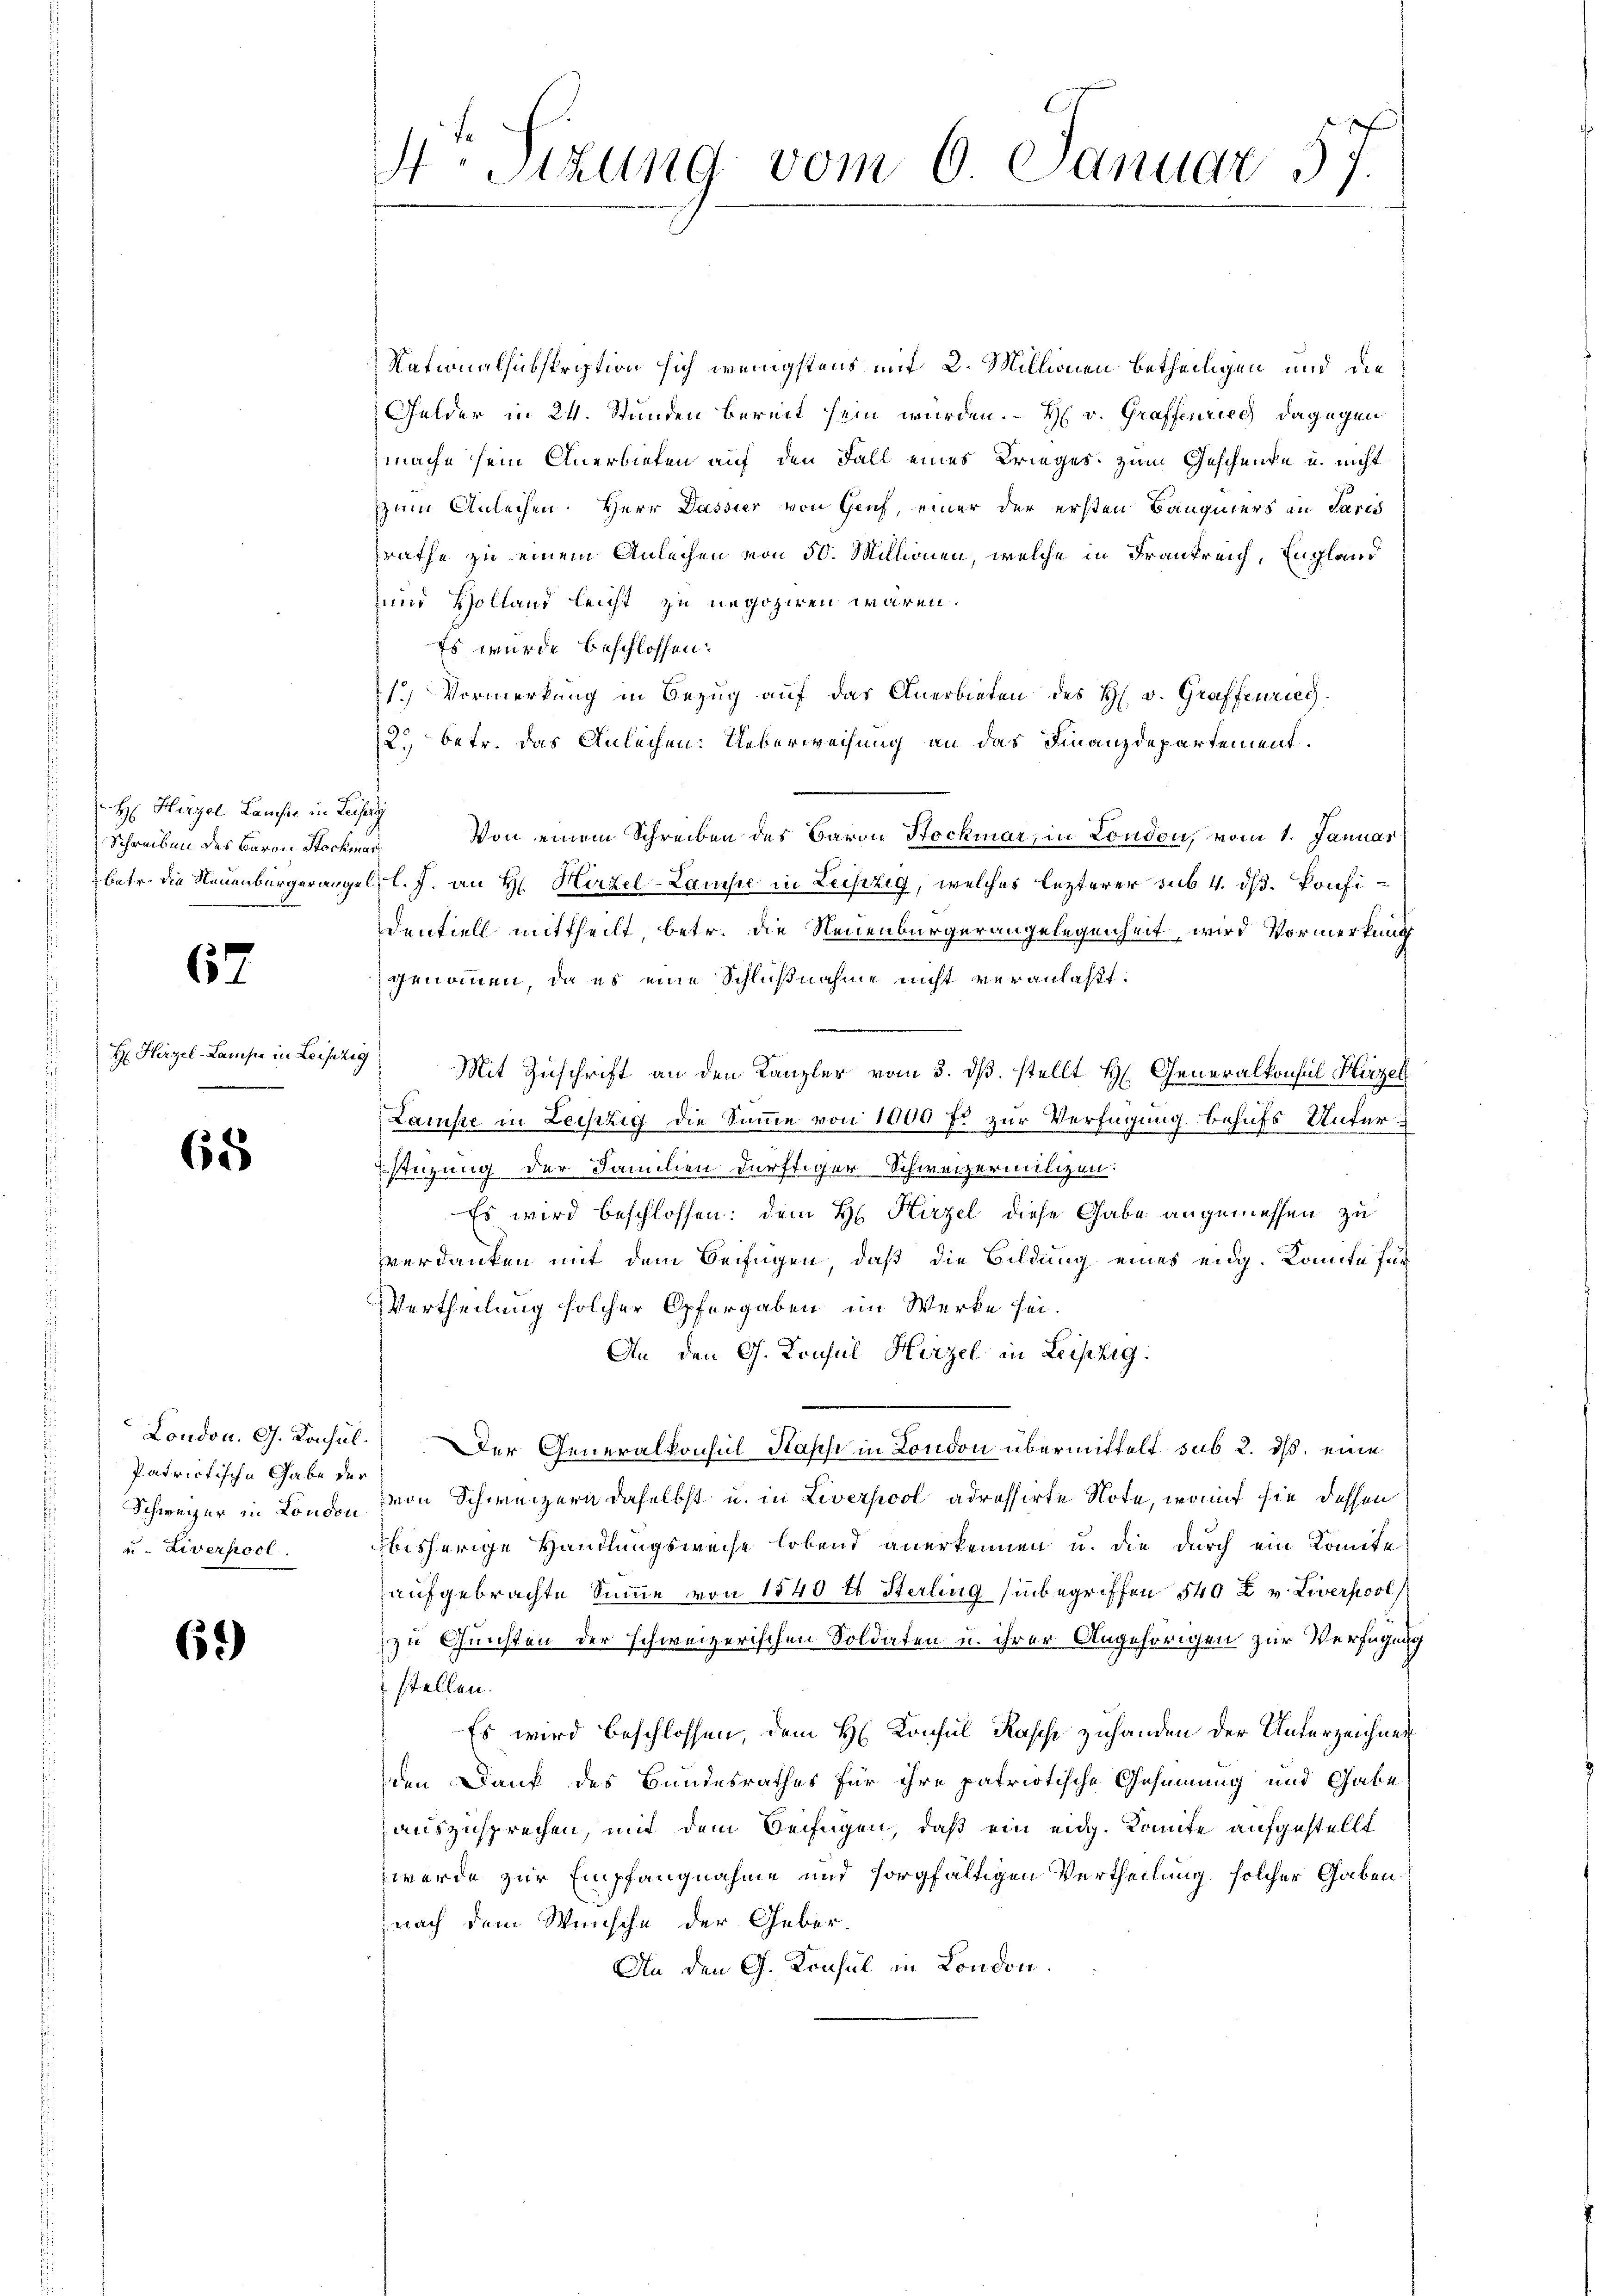
H: Hirzel Laufer in Leis

67

H Hirzel-Lampe in Leipzig

65

Patrictische Gabe der
u. Liverpool.

6.)

Nationalsubskription sich wenigstens mit 2. Millionen betheiligen und die
Gelder in 24. Stunden bereit sein würden. – H v. Graffenrieg dagegen
mache sein Anerbieten auf den Fall eines Brieges zum Geschenke u. nicht
zum Anleihen. Herr Dassier von Genf, einer der ersten Baugmers in Paris
zrathe zu einem Anleihen von 50. Millionen, welche in Frankreich, England
 und Hollans leicht zu negoziren wären.
Es wurde beschlossen:
1.) Vormerkung in Bezug auf das Anerbieten des H. v. Graffenrieg
2. betr. das Anleihen: Ueberweisung an das Finanzdepartement.
Schreiben des Baron Stocker. Von einem Schreiben des Baron Stockmar, in London, vom 1. Januar
betr. die Neuenburgerangel l. J. an H. Hirzel-Lamsie in Leipzig, welches lezterer sub 4. ds. Konfidentiell mittheilt, betr. die Neuenburgerangelegenheit, wird Vormerkung
genommen, da es eine Schlußnahme nicht veranlaßt:
Mit Zuschrift an den Kanzler vom 3. dβ stellt H. Generalkonsul Hirzel
Lamste in Lechzig die Summe von 1000 fl zur Verfügung behufs Unterstüzung der Familien dürftiger Schweizermilchen:
Es wird beschlossen: dem H. Hirzel diese Gabe angemessen zu
verdanken mit dem Beifügen, daß die Bildung eines eidg. Konnte für
Vertheilung solcher Opfergaben im Werke sei.
An den G. Consul Hirzel in Leipzig.
London. G. Konsul Der Generalkonsul Kasse in London übermittelt sub 2. ds. eine
Schweizer in London von Schweizern daselbst u. in Liverpool adressirte Note, womit sie dessen
bisherige Handlungsweise lobend anerkennen u. die durch ein Komite
aufgebrachte Summe von 1840 tt Sterling hinbegriffen 540 Z v. Liverpool
zu Gunsten der schweizerischen Soldaten u. ihrer Angehörigen zur Verfügung
stellen.
Es wird beschlossen, dem H. Konsul Kasis zuhanden der Unterzeichnen
den Dank des Bundesrathes für ihre patriotische Gesinnung und Gabe
auszusprechen, mit dem Beifügen, daß ein eidg. Komite aufgestellt
werde zur Empfangnahme und sorgfältigen Vertheilung solcher Gaben
nach dem Wunsche der Geber-
An den G. Konsul in London.

S.Sizung vom 6. Januar 57.